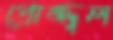
প্রোজ্জ্বল